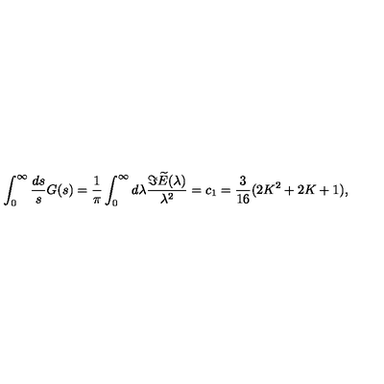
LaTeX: \int _ { 0 } ^ { \infty } { \frac { d s } { s } } G ( s ) = { \frac { 1 } { \pi } } \int _ { 0 } ^ { \infty } d \lambda { \frac { \Im \widetilde E ( \lambda ) } { \lambda ^ { 2 } } } = c _ { 1 } = { \frac { 3 } { 1 6 } } ( 2 K ^ { 2 } + 2 K + 1 ) ,